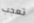
تعجب